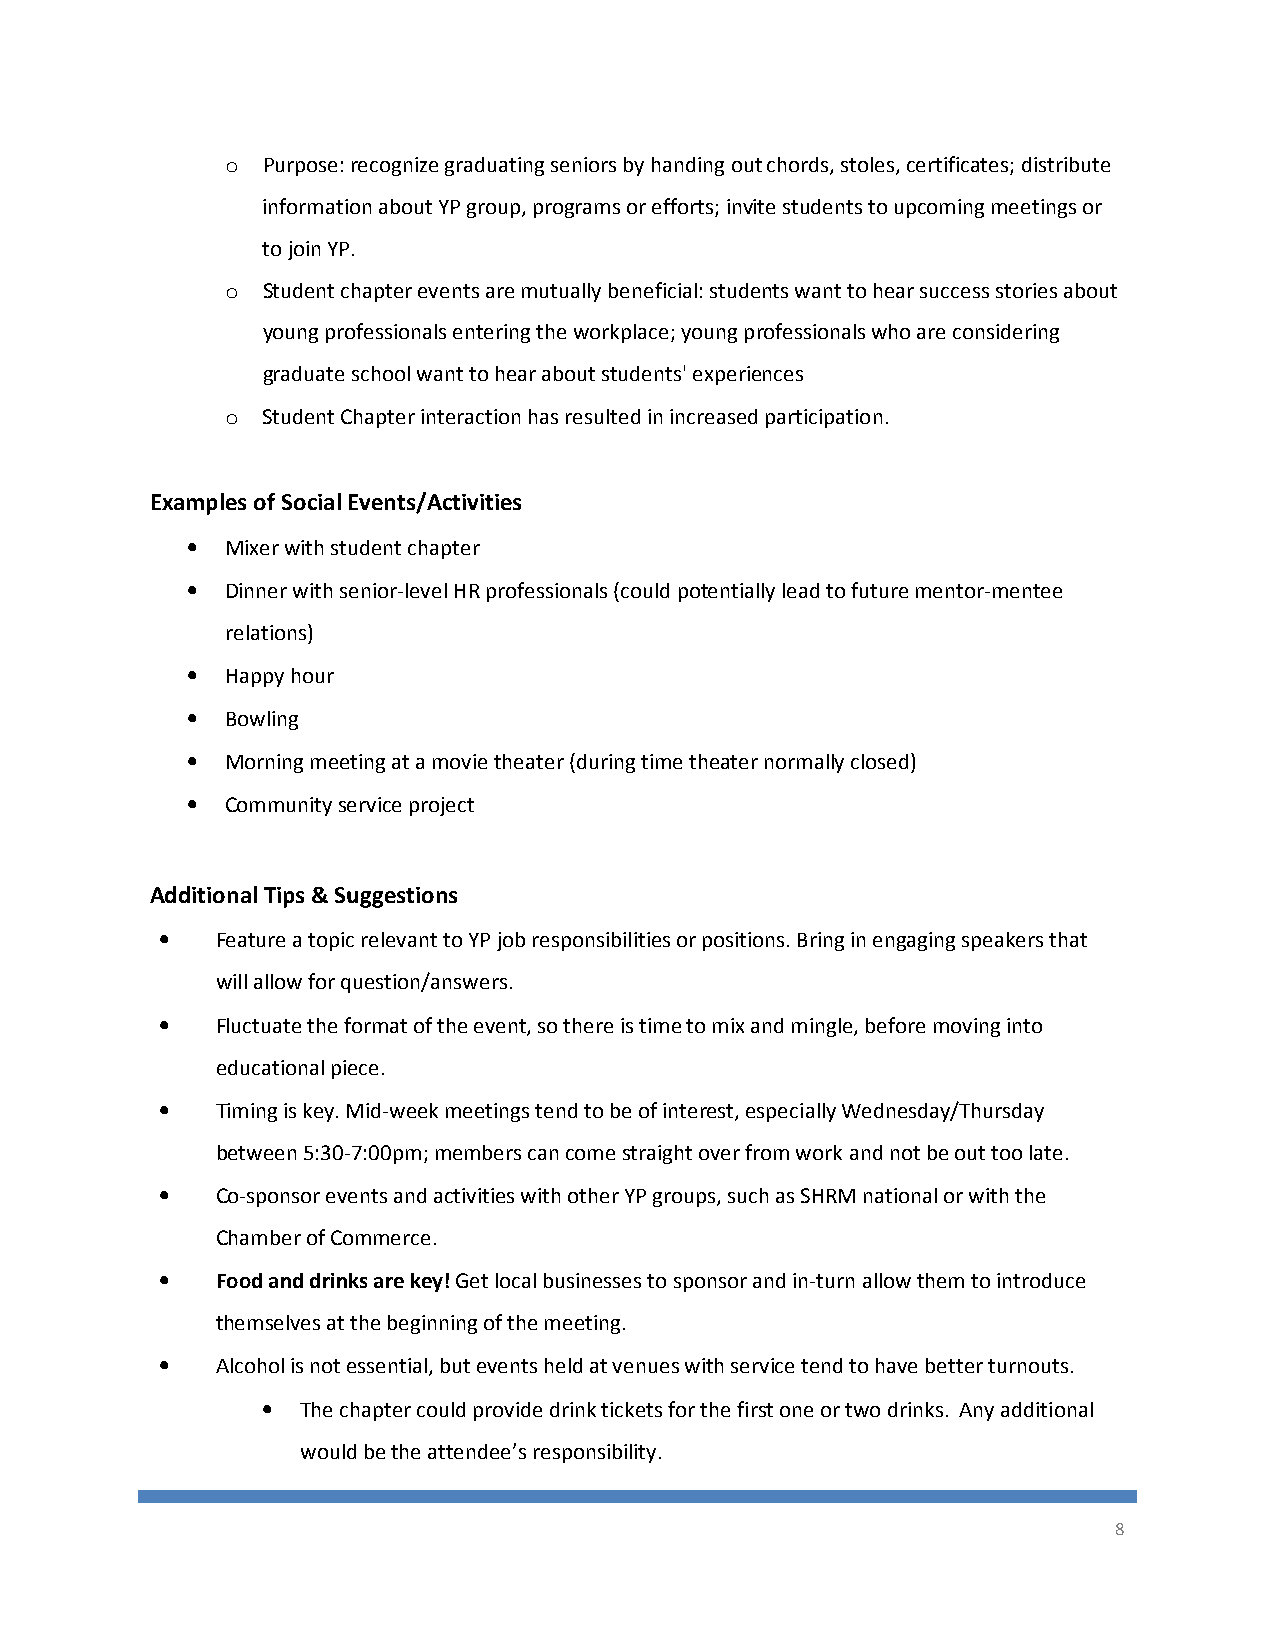
o Purpose: recognize graduating seniors by handing out chords, stoles, certificates; distribute
 information about YP group, programs or efforts; invite students to upcoming meetings or
 to join YP.
 o Student chapter events are mutually beneficial: students want to hear success stories about
 young professionals entering the workplace; young professionals who are considering
 graduate school want to hear about students' experiences
 o Student Chapter interaction has resulted in increased participation.
 Examples of Social Events/Activities
 •  Mixer with student chapter
 •  Dinner with senior-level HR professionals (could potentially lead to future mentor-mentee
 relations)
 •  Happy hour
 •  Bowling
 •  Morning meeting at a movie theater (during time theater normally closed)
 •  Community service project
 Additional Tips & Suggestions
 •  Feature a topic relevant to YP job responsibilities or positions. Bring in engaging speakers that
 will allow for question/answers.
 •  Fluctuate the format of the event, so there is time to mix and mingle, before moving into
 educational piece.
 •  Timing is key. Mid-week meetings tend to be of interest, especially Wednesday/Thursday
 between 5:30-7:00pm; members can come straight over from work and not be out too late.
 •  Co-sponsor events and activities with other YP groups, such as SHRM national or with the
 Chamber of Commerce.
 •  Food and drinks are key! Get local businesses to sponsor and in-turn allow them to introduce
 themselves at the beginning of the meeting.
 •  Alcohol is not essential, but events held at venues with service tend to have better turnouts.
 •  The chapter could provide drink tickets for the first one or two drinks. Any additional
 would be the attendee’s responsibility.
 8